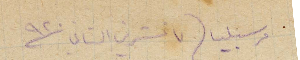
مرسيليا ٧ تشرين الثاني ١٩٢٠